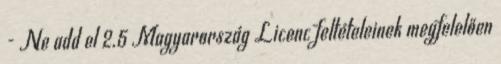
- Ne add el 2.5 Magyarország Licenc feltételeinek megfelelően